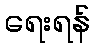
ရေးရန်